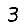
Digit: 3